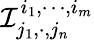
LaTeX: \mathcal{I}_{j_{1},\cdot,j_{n}}^{i_{1},\cdots,i_{m}}